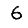
Digit: 6